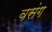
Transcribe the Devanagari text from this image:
वसंग